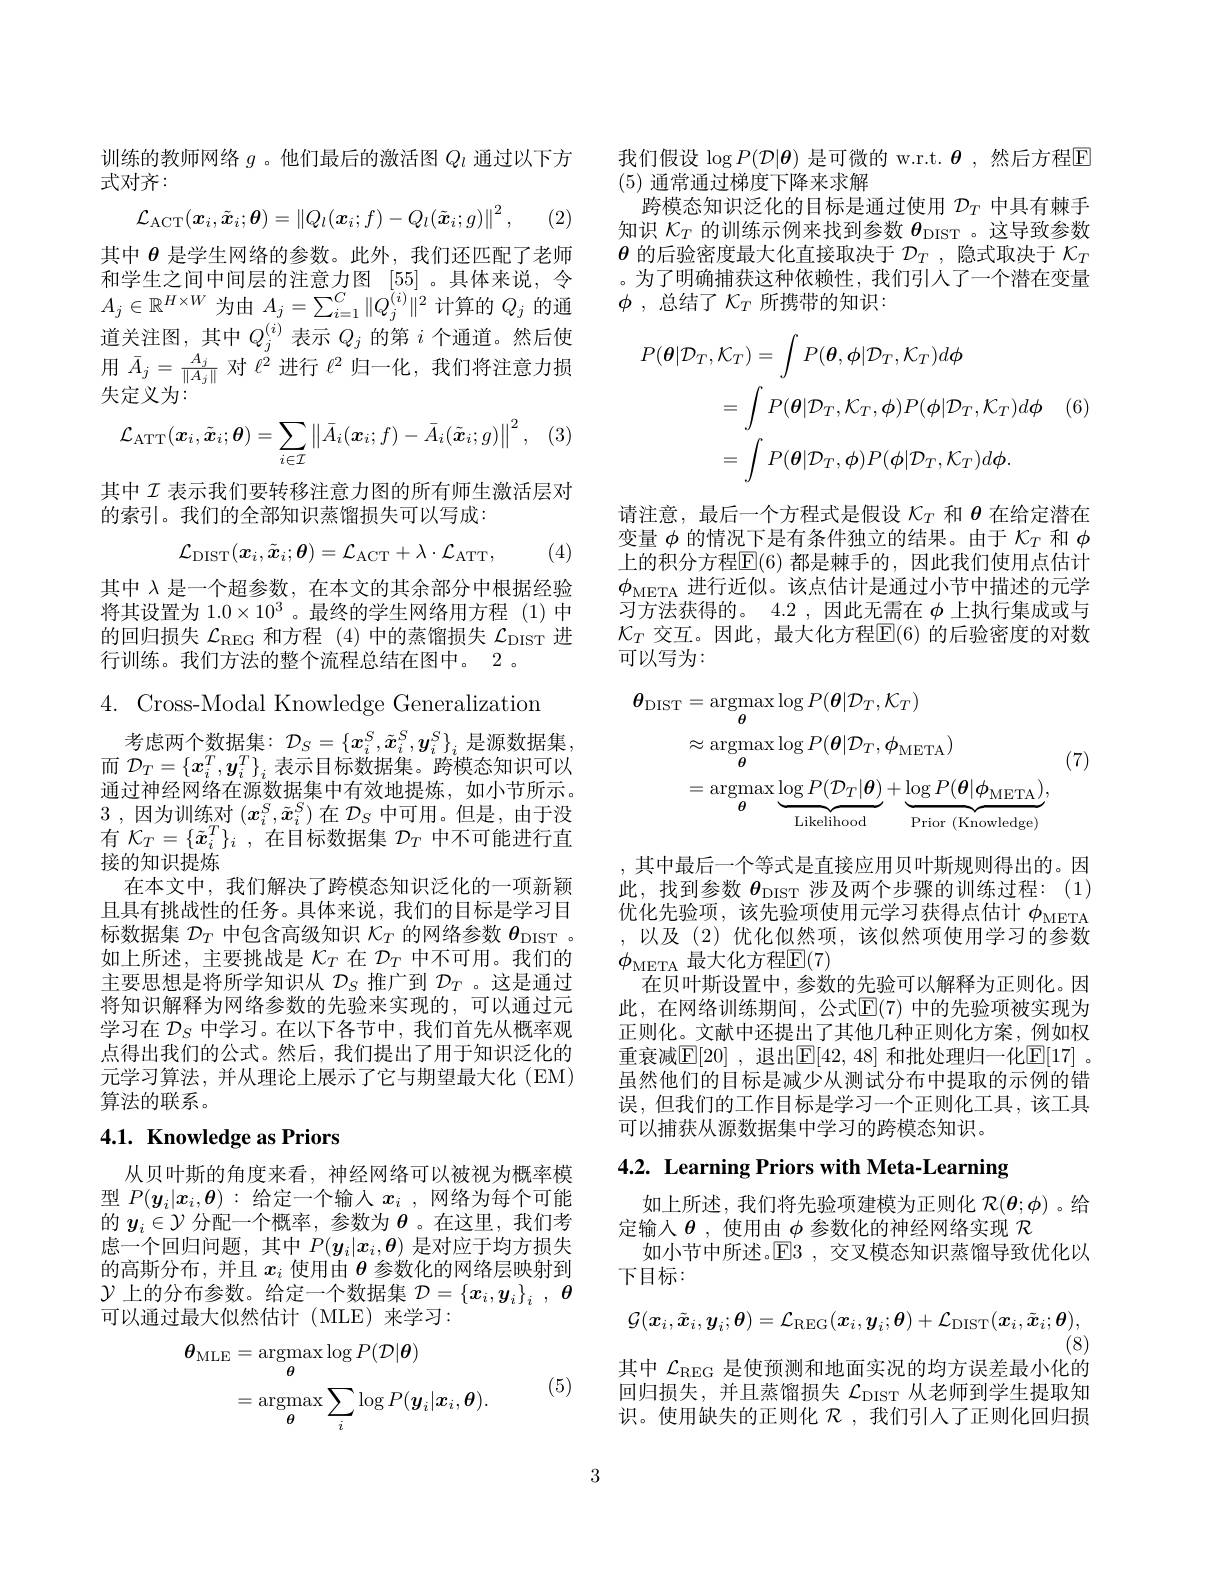
训练的教师网络$g$ 。他们最后的激活图$Q_l$通过以下方
式对齐：
$$\mathcal{L}_{\mathrm{ACT}}(\boldsymbol{x}_{i},\tilde{\boldsymbol{x}}_{i};\boldsymbol{\theta})=\left\|Q_{l}(\boldsymbol{x}_{i};f)-Q_{l}(\tilde{\boldsymbol{x}}_{i};g)\right\|^{2},$$
(2)

其中$\theta$是学生网络的参数。此外，我们还匹配了老师和学生之间中间层的注意力图 [55]。具体来说，令$A_j\in\mathbb{R}^{H\times W}$为由$A_j=\sum_i=1^C\|Q_j^{(i)}\|^2$计算的$Q_j$的通道关注图，其中$Q_j^{(i)}$表示$Q_j$的第$i$个通道。然后使用$\bar{A}_j=\frac{A_j}{\|A_j\|}$对$\ell^2$进行$\ell^2$归一化，我们将注意力损失定义为：
$$\mathcal{L}_{\mathrm{ATT}}(\boldsymbol{x}_{i},\tilde{\boldsymbol{x}}_{i};\boldsymbol{\theta})=\sum_{i\in\mathcal{I}}\left\|\bar{A}_{i}(\boldsymbol{x}_{i};f)-\bar{A}_{i}(\tilde{\boldsymbol{x}}_{i};g)\right\|^{2},$$
其中$\mathcal{I}$表示我们要转移注意力图的所有师生激活层对
的索引。我们的全部知识蒸馏损失可以写成：
$$\mathcal{L}_{\mathrm{DIST}}(\boldsymbol{x}_{i},\tilde{\boldsymbol{x}}_{i};\boldsymbol{\theta})=\mathcal{L}_{\mathrm{ACT}}+\lambda\cdot\mathcal{L}_{\mathrm{ATT}},$$
(4)

其中 λ 是一个超参数，在本文的其余部分中根据经验将其设置为 1.$0\times10^3$ 。最终的学生网络用方程 (1)中的回归损失$\mathcal{L}_\mathrm{REG}$和方程 (4)中的蒸馏损失$\mathcal{L}_\mathrm{DIST}$进行训练。我们方法的整个流程总结在图中。2 。

4. Cross-Modal Knowledge Generalization

考虑两个数据集：$\mathcal{D}_S=\left\{\boldsymbol{x}_i^S,\tilde{x}_i^S,\boldsymbol{y}_i^S\right\}_i$是源数据集而$\mathcal{D}_T=\left\{\boldsymbol{x}_i^T,\boldsymbol{y}_i^T\right\}_i$表示目标数据集。跨模态知识可以通过神经网络在源数据集中有效地提炼，如小节所示。3 , 因为训练对 $( x_i^S, \tilde{x} _i^S)$在$\mathcal{D}_S$中可用。但是，由于没有$\mathcal{K}_T=\{\tilde{\boldsymbol{x}}_i^T\}_i$,在目标数据集$\mathcal{D}_T$中不可能进行直接的知识提炼
在本文中，我们解决了跨模态知识泛化的一项新颖且具有挑战性的任务。具体来说，我们的目标是学习目标数据集$\mathcal{D}_T$中包含高级知识$\mathcal{K}_T$的网络参数$\theta_\mathrm{DIST}$ 。如上所述，主要挑战是$\mathcal{K}_T$在$\mathcal{D}_T$中不可用。我们的主要思想是将所学知识从$\mathcal{D}_S$推广到$\mathcal{D}_T$ 。这是通过将知识解释为网络参数的先验来实现的，可以通过元学习在$\mathcal{D}_S$中学习。在以下各节中，我们首先从概率观点得出我们的公式。然后，我们提出了用于知识泛化的元学习算法，并从理论上展示了它与期望最大化(EM) 算法的联系。

# 4.1. Knowledge as Priors

从贝叶斯的角度来看，神经网络可以被视为概率模型$P(\boldsymbol{y}_i|\boldsymbol{x}_i,\boldsymbol{\theta}):$给定一个输入$x_i$ ,网络为每个可能的$y_i\in\mathcal{Y}$分配一个概率，参数为$\theta$ 。在这里，我们考虑一个回归问题，其中$P(y_i|x_i,\boldsymbol{\theta})$是对应于均方损失的高斯分布，并且$x_i$使用由$\theta$参数化的网络层映射到$\mathcal{Y}$上的分布参数。给定一个数据集$\mathcal{D}=\{x_i,y_i\}_i,\boldsymbol{\theta}$ 可以通过最大似然估计(MLE)来学习：
$$\begin{aligned}\theta_{\mathrm{MLE}}&=\underset{\theta}{\operatorname*{argmax}}\log P(\mathcal{D}|\boldsymbol{\theta})\\&=\underset{\theta}{\operatorname*{argmax}}\sum_{i}\log P(\boldsymbol{y}_{i}|\boldsymbol{x}_{i},\boldsymbol{\theta}).\end{aligned}$$
(5)

我们假设 $\log P(\mathcal{D}|\boldsymbol{\theta})$ 是可微的 w.r.t. $\boldsymbol{\theta}$,然后方程$\overline{\mathbf{E}}$
(5)通常通过梯度下降来求解
跨模态知识泛化的目标是通过使用$\mathcal{D}_T$中具有棘手知识$\mathcal{K}_T$的训练示例来找到参数$\theta_\mathrm{DIST}$ 。这导致参数$\theta$的后验密度最大化直接取决于$\mathcal{D}_T$,隐式取决于$\mathcal{K}_T$ 。为了明确捕获这种依赖性，我们引人了一个潜在变量$\phi$ , 总结了$\mathcal{K}_T$所携带的知识：
$$\begin{aligned}P(\boldsymbol{\theta}|\mathcal{D}_{T},\mathcal{K}_{T})&=\int P(\boldsymbol{\theta},\phi|\mathcal{D}_{T},\mathcal{K}_{T})d\phi\\&=\int P(\boldsymbol{\theta}|\mathcal{D}_{T},\mathcal{K}_{T},\phi)P(\phi|\mathcal{D}_{T},\mathcal{K}_{T})d\phi\\&=\int P(\boldsymbol{\theta}|\mathcal{D}_{T},\phi)P(\phi|\mathcal{D}_{T},\mathcal{K}_{T})d\phi.\end{aligned}$$
请注意，最后一个方程式是假设$\kappa_T$和$\theta$在给定潜在变量$\phi$的情况下是有条件独立的结果。由于$\mathcal{K}_T$和$\phi$ 上的积分方程$\mathbb{E}(6)$ 都是棘手的，因此我们使用点估计$\phi_{\mathrm{META}}$进行近似。该点估计是通过小节中描述的元学习方法获得的。4.2 ,因此无需在$\phi$上执行集成或与$\mathcal{K}_T$ 交互。因此，最大化方程$\mathbb{E}(6)$ 的后验密度的对数可以写为：
$$\begin{aligned}\boldsymbol{\theta}_{\mathrm{DIST}}&=\underset{\theta}{\operatorname*{argmax}}\log P(\boldsymbol{\theta}|\mathcal{D}_{T},\mathcal{K}_{T})\\&\approx\underset{\theta}{\operatorname*{argmax}}\log P(\boldsymbol{\theta}|\mathcal{D}_{T},\phi_{\mathrm{META}})\\&=\underset{\theta}{\operatorname*{argmax}}\underbrace{\log P(\mathcal{D}_{T}|\boldsymbol{\theta})}_{\mathrm{Likelihood}}+\underbrace{\log P(\boldsymbol{\theta}|\boldsymbol{\phi}_{\mathrm{META}})}_{\mathrm{Prior~(Knowledge)}},\end{aligned}$$
(7)

,其中最后一个等式是直接应用贝叶斯规则得出的。因此，找到参数$\theta_\mathrm{DIST}$涉及两个步骤的训练过程：(1) 优化先验项，该先验项使用元学习获得点估计$\phi_\mathrm{META}$

,以及(2)优化似然项，该似然项使用学习的参数
$\phi_{\mathrm{META}}$ 最大化方程$\mathbb{E}(7)$
在贝叶斯设置中，参数的先验可以解释为正则化。因此，在网络训练期间，公式$\mathbb{E}(7)$ 中的先验项被实现为正则化。文献中还提出了其他几种正则化方案，例如权重衰减$\mathbb{E}[20]$ ,退出$\mathbb{E}[42,48]$ 和批处理归一化$\mathbb{E}[17]$ 。虽然他们的目标是减少从测试分布中提取的示例的错误，但我们的工作目标是学习一个正则化工具，该工具可以捕获从源数据集中学习的跨模态知识。

4.2. Learning Priors with Meta-Learning

如上所述，我们将先验项建模为正则化$\mathcal{R}(\boldsymbol{\theta};\phi)$ 。给
定输入$\theta$ , 使用由\_$\phi$参数化的神经网络实现$\mathcal{R}$
如小节中所述。$\mathbb{E}$3 , 交叉模态知识蒸馏导致优化以
下目标：
$$\mathcal{G}(\boldsymbol{x}_{i},\tilde{\boldsymbol{x}}_{i},\boldsymbol{y}_{i};\boldsymbol{\theta})=\mathcal{L}_{\mathrm{REG}}(\boldsymbol{x}_{i},\boldsymbol{y}_{i};\boldsymbol{\theta})+\mathcal{L}_{\mathrm{DIST}}(\boldsymbol{x}_{i},\tilde{\boldsymbol{x}}_{i};\boldsymbol{\theta}),$$
(8)
其中$\mathcal{L}_\mathrm{REG}$是使预测和地面实况的均方误差最小化的回归损失，并且蒸馏损失$\mathcal{L}_\mathrm{DIST}$从老师到学生提取知识。使用缺失的正则化$\mathcal{R}$ ,我们引入了正则化回归损

3